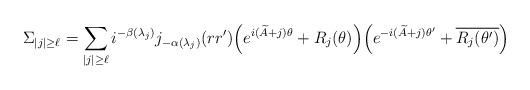
LaTeX: \begin{align*}\Sigma_{|j|\geq\ell}=\sum\limits_{|j|\geq\ell}i^{-\beta(\lambda_j)}j_{-\alpha(\lambda_j)}(rr')\Big(e^{i(\widetilde A+j)\theta}+R_j(\theta)\Big)\Big(e^{-i(\widetilde A+j)\theta'}+\overline{R_j(\theta')}\Big)\end{align*}